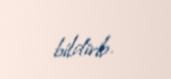
bildirib.